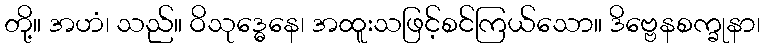
တို့။ အဟံ၊ သည်။ ဝိသုဒ္ဓေနေ၊ အထူးသဖြင့်စင်ကြယ်သော။ ဒိဗ္ဗေနစက္ခုနာ၊